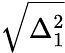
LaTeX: \sqrt{\Delta_{1}^{2}}